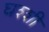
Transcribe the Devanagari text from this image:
घश्शी